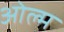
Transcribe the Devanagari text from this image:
ओल्म